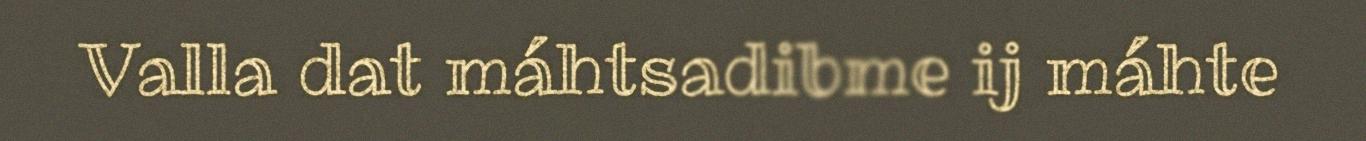
Valla dat máhtsadibme ij máhte